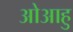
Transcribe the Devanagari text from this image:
ओआहु